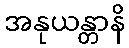
အနုယန္တာနိ